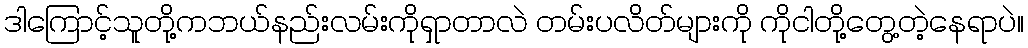
ဒါကြောင့်သူတို့ကဘယ်နည်းလမ်းကိုရှာတာလဲ တမ်းပလိတ်များကို ကိုငါတို့တွေ့တဲ့နေရာပဲ။